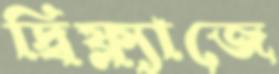
দ্বিফ্ল্যাজে